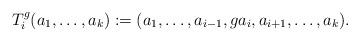
LaTeX: \begin{align*}T_{i}^{g}(a_{1},\dotsc,a_{k}) := (a_{1},\dotsc,a_{i-1},ga_{i},a_{i+1},\dotsc,a_{k}).\end{align*}